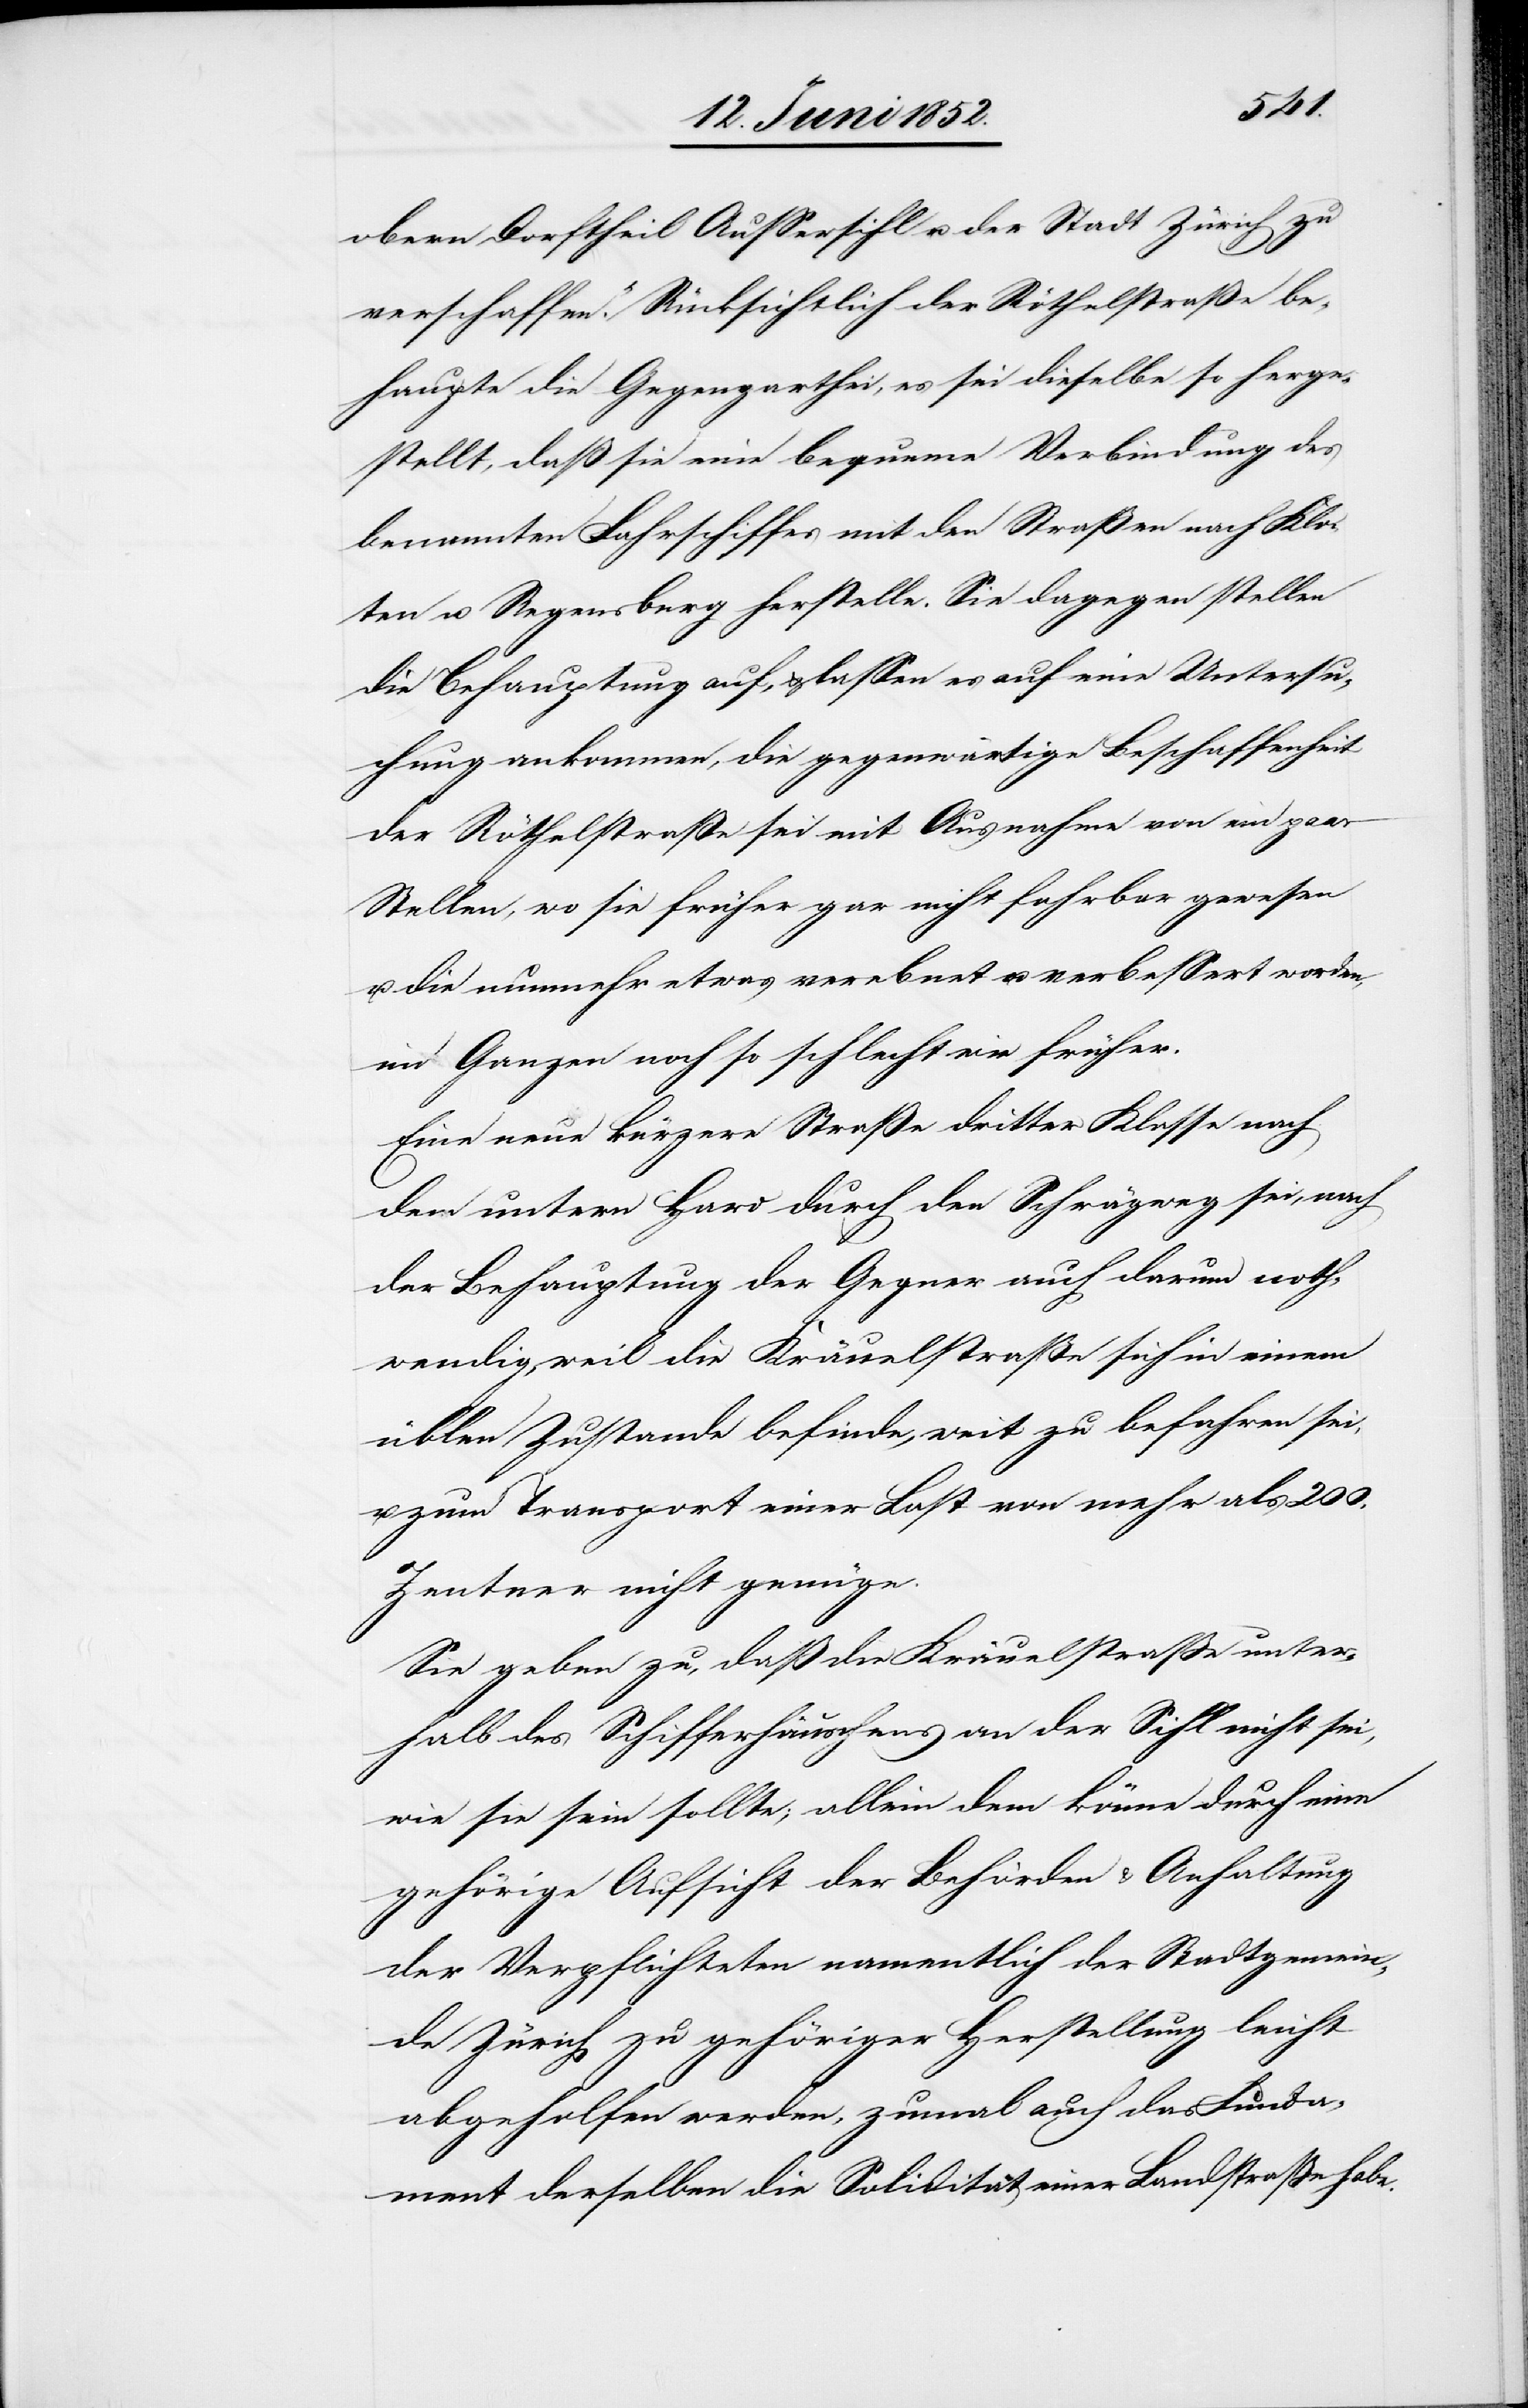
obern Dorftheil Aussersihl u. der Stadt Zürich zu
verschaffen.“ Rücksichtlich der Röthelstraße be¬
haupte die Gegenparthei, es sei dieselbe so herge¬
stellt, daß sie eine bequeme Verbindung des
benannten Fahrschiffes mit den Straßen nach Klo¬
ten u. Regensberg herstelle. Sie dagegen stellen
die Behauptung auf, & lassen es auf eine Untersu¬
chung ankommen, die gegenwärtige Beschaffenheit
der Röthelstraße sei mit Ausnahme von ein paar
Stellen, wo sie früher gar nicht fahrbar gewesen
u. die nunmehr etwas verebnet u. verbessert worden,
im Ganzen noch so schlecht wie früher.
Eine neue kürzere Straße dritter Klasse nach
dem untern Hard durch den Schrägweg sei, nach
der Behauptung der Gegner auch darum noth¬
wendig, weil die Kräuelstraße sich in einem
üblen Zustande befinde, weit zu befahren sei,
u. zum Transport einer Last von mehr als 200.
Zentner nicht genüge.
Sie geben zu, daß die Kräuelstraße unter¬
halb des Schifferhäuschens an der Sihl nicht sei,
wie sie sein sollte; allein dem könne durch eine
gehörige Aufsicht der Behörden & Anhaltung
der Verpflichteten namentlich der Stadtgemein¬
de Zürich zu gehöriger Herstellung leicht
abgeholfen werden, zumal auch das Funda¬
ment derselben die Solidität einer Landstraße habe.